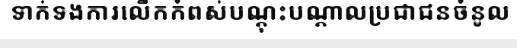
ទាក់ទងការលើកកំពស់បណ្តុះបណ្តាលប្រជាជនចំនូល